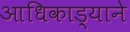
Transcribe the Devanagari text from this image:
आधिकाड़्याने